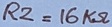
Text: R2=16KΩ